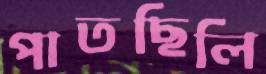
পাতছিলি